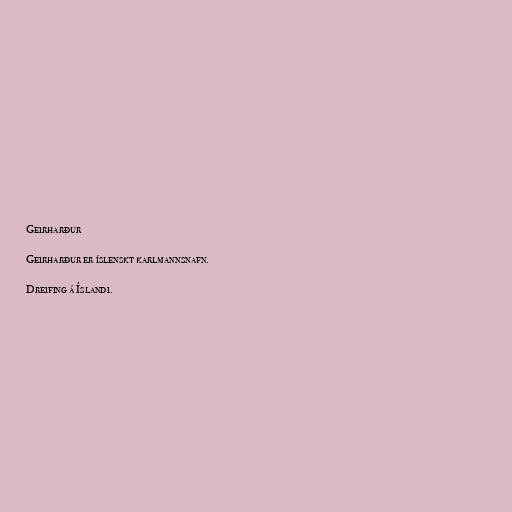
Geirharður

Geirharður er íslenskt karlmannsnafn.

Dreifing á Íslandi.